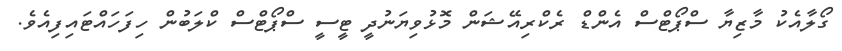
ގޯލާއެކު މާޒިޔާ ސްޕޯޓްސް އެންޑް ރެކްރިއޭޝަން މޮޅުވިޔަނުދީ ޓީސީ ސްޕޯޓްސް ކްލަބުން ހިފަހައްޓައިފިއެވެ.